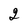
Character: 2